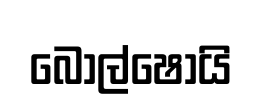
බොල්ෂොයි